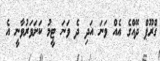
ގްރޫޕް ދޭއްގެ އެއް ވަނަ އަދި ދެ ވަނަ ޓީމު ކަށަވަރުވާނީ އެ